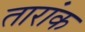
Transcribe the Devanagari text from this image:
तारांक